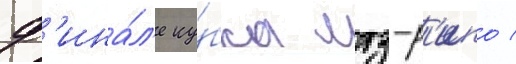
ф'ина́л'е ку́бка мтз-р'ипо /